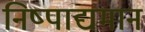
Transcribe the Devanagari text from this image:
निष्पाद्यमान